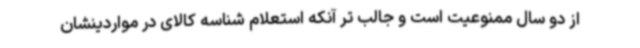
از دو سال ممنوعیت است و جالب تر آنکه استعلام شناسه کالای در مواردینشان